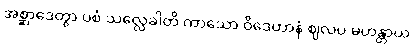
အစ္ဆာဒေတွာ ပစံ သလ္လေခါတိ ကာသော ဝိဒေဟာနံ ဈလပ မဟန္တာယ